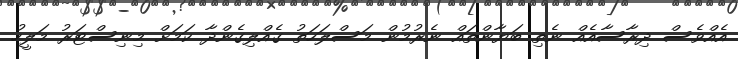
އެއްވެސް ދިރާސާއެއް ނެތި ބަޔާންތައް ނެރުމުން މަސްލަހަތު ގެއްލިގެންދާ ކަމަށް މިނިސްޓަރު މަލީހު